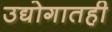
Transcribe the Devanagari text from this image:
उद्योगातही